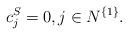
LaTeX: \begin{align*}c^S_j = 0, j \in N^{\{1\}}. \end{align*}